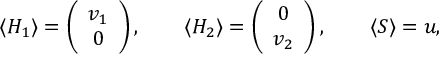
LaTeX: \langle H _ { 1 } \rangle = \left( \begin{array} { c } { { v _ { 1 } } } \\ { { 0 } } \end{array} \right) , \qquad \langle H _ { 2 } \rangle = \left( \begin{array} { c } { { 0 } } \\ { { v _ { 2 } } } \end{array} \right) , \qquad \langle S \rangle = u ,